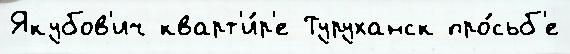
Якубов'ич кварт'и́р'е Туруханск про́сьб'е